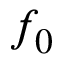
f _ { 0 }